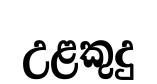
උළකුදු